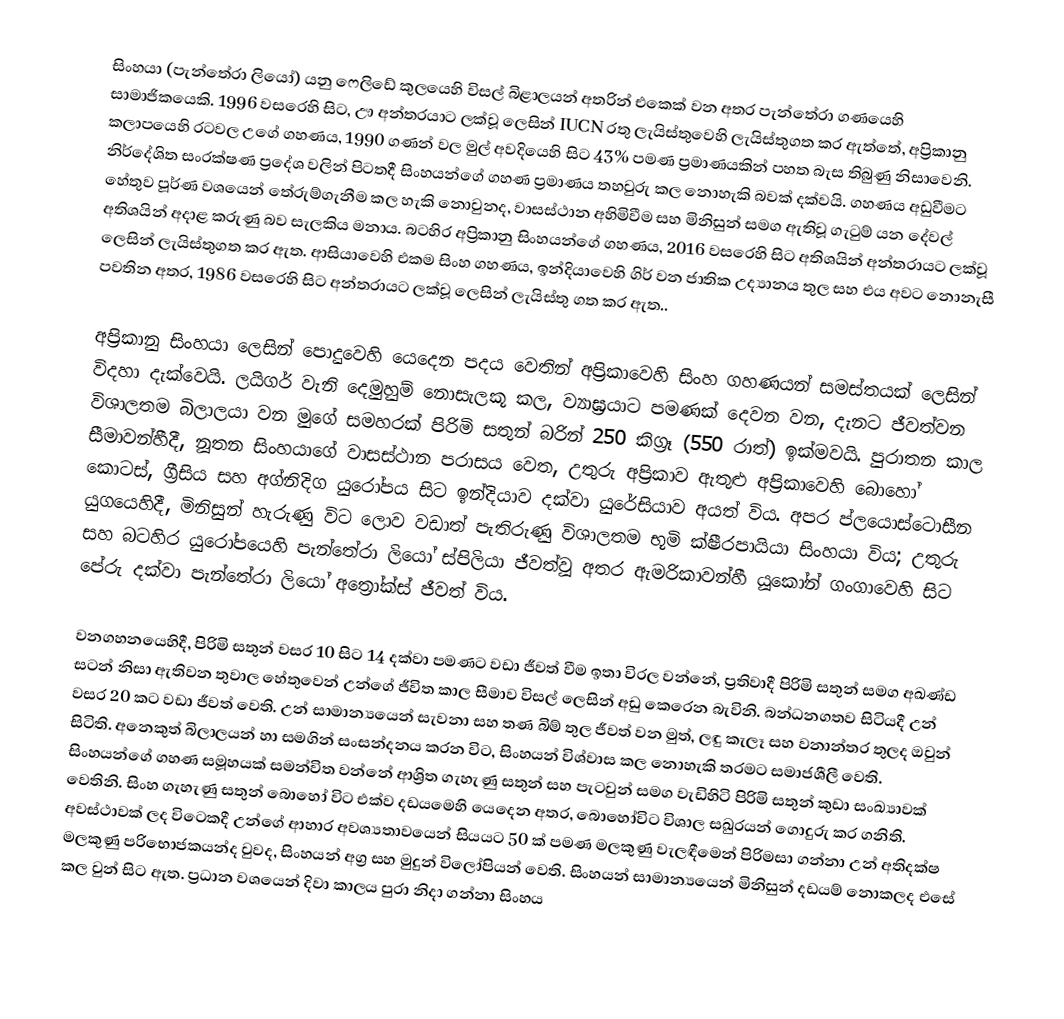
සිංහයා (පැන්තේරා ලියෝ)  යනු ෆෙලිඩේ කුලයෙහි විසල් බිළාලයන් අතරින් එකෙක් වන අතර පැන්තේරා ගණයෙහි සාමාජිකයෙකි. 1996 වසරෙහි සිට, ඌ අන්තරයාට ලක්වූ ලෙසින් IUCN රතු ලැයිස්තුවෙහි ලැයිස්තුගත කර ඇත්තේ, අප්‍රිකානු කලාපයෙහි රටවල උගේ ගහණය, 1990 ගණන් වල මුල් අවදියෙහි සිට 43% පමණ ප්‍රමාණයකින් පහත බැස තිබුණු නිසාවෙනි. නිර්දේශිත සංරක්ෂණ ප්‍රදේශ වලින් පිටතදී සිංහයන්ගේ ගහණ ප්‍රමාණය තහවුරු කල නොහැකි බවක් දක්වයි. ගහණය අඩුවීමට හේතුව පූර්ණ වශයෙන් තේරුම්ගැනීම කල හැකි නොවුනද, වාසස්ථාන අහිමිවීම සහ මිනිසුන් සමග ඇතිවූ ගැටුම් යන දේවල් අතිශයින් අදාළ කරුණු බව සැලකිය මනාය. බටහිර අප්‍රිකානු සිංහයන්ගේ ගහණය, 2016 වසරෙහි සිට අතිශයින් අන්තරායට ලක්වූ ලෙසින් ලැයිස්තුගත කර ඇත. ආසියාවෙහි එකම සිංහ ගහණය, ඉන්දියාවෙහි ගිර් වන ජාතික උද්‍යානය තුල සහ එය අවට නොනැසී පවතින අතර, 1986 වසරෙහි සිට අන්තරායට ලක්වූ ලෙසින් ලැයිස්තු ගත කර ඇත..

අප්‍රිකානු සිංහයා ලෙසින් පොදුවෙහි යෙදෙන පදය වෙතින් අප්‍රිකාවෙහි සිංහ ගහණයන් සමස්තයක් ලෙසින් විදහා දැක්වෙයි. ලයිගර් වැනි දෙමුහුම් නොසැලකූ කල, ව්‍යාඝ්‍රයාට පමණක් දෙවන වන, දැනට ජීවත්වන විශාලතම බිලාලයා වන මුගේ සමහරක් පිරිමි සතුන් බරින් 250 කිග්‍රෑ (550 රාත්) ඉක්මවයි.  පුරාතන කාල සීමාවන්හීදී, නූතන සිංහයාගේ  වාසස්ථාන පරාසය වෙත, උතුරු අප්‍රිකාව ඇතුළු අප්‍රිකාවෙහි බොහෝ කොටස්, ග්‍රීසිය සහ අග්නිදිග යුරෝපය සිට ඉන්දියාව දක්වා යුරේසියාව  අයත් විය. අපර  ප්ලයොස්ටොසීන යුගයෙහිදී, මිනිසුන් හැරුණු විට ලොව වඩාත් පැතිරුණු විශාලතම භූමි ක්ෂීරපායියා සිංහයා විය; උතුරු සහ බටහිර යුරෝපයෙහි පැන්තේරා ලියෝ ස්පිලියා  ජීවත්වූ අතර  ඇමරිකාවන්හී යූකෝන් ගංගාවෙහි සිට  පේරු දක්වා පැන්තේරා ලියෝ අත්‍රෝක්ස් ජීවත් විය.

වනගහනයෙහිදී, පිරිමි සතුන් වසර 10 සිට 14 දක්වා පමණට වඩා ජීවත් වීම ඉතා විරල වන්නේ, ප්‍රතිවාදී පිරිමි සතුන් සමග අඛණ්ඩ සටන් නිසා ඇතිවන තුවාල හේතුවෙන් උන්ගේ ජීවිත කාල සීමාව විසල් ලෙසින් අඩු කෙරෙන බැවිනි.  බන්ධනගතව සිටියදී උන් වසර 20 කට වඩා ජීවත් වෙති. උන් සාමාන්‍යයෙන් සැවනා සහ තණ බිම් තුල ජීවත් වන මුත්, ලඳු කැලෑ සහ වනාන්තර තුලද ඔවුන් සිටිති. අනෙකුත් බිලාලයන් හා සමගින් සංසන්දනය කරන විට, සිංහයන් විශ්වාස කල නොහැකි තරමට සමාජශීලී වෙති. සිංහයන්ගේ ගහණ සමූහයක් සමන්විත වන්නේ ආශ්‍රිත ගැහැණු සතුන් සහ පැටවුන් සමග වැඩිහිටි පිරිමි සතුන් කුඩා සංඛ්‍යාවක් වෙතිනි. සිංහ ගැහැණු සතුන් බොහෝ විට එක්ව දඩයමෙහි යෙදෙන අතර, බොහෝවිට විශාල සඛුරයන් ගොදුරු කර ගනිති. අවස්ථාවක් ලද විටෙකදී උන්ගේ ආහාර අවශ්‍යතාවයෙන් සියයට 50 ක් පමණ මලකුණු වැලඳීමෙන් පිරිමසා ගන්නා උන් අතිදක්ෂ  මලකුණු පරිභොජකයන්ද වුවද, සිංහයන් අග්‍ර සහ මුදුන් විලෝපියන් වෙති. සිංහයන් සාමාන්‍යයෙන් මිනිසුන් දඩයම් නොකලද එසේ කල වුන් සිට ඇත. ප්‍රධාන වශයෙන් දිවා කාලය පුරා නිදා ගන්නා සිංහය